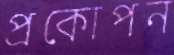
প্রকোপন